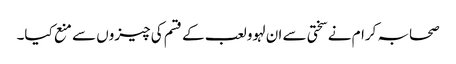
صحابہ کرام نے سختی سے ان لہوو لعب کے قسم کی چیزوں سے منع کیا۔